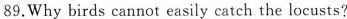
89.Why birds cannot easily catch the locusts?